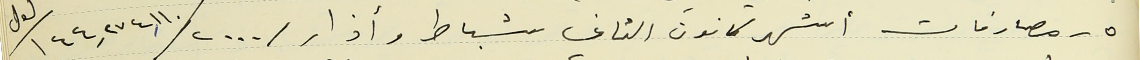
٥- مصارفات أشهر كانون الثاني شباط وأذار /٢٠٠٠/ ١٤٤,٢٧٤,١١٠/ ل ل